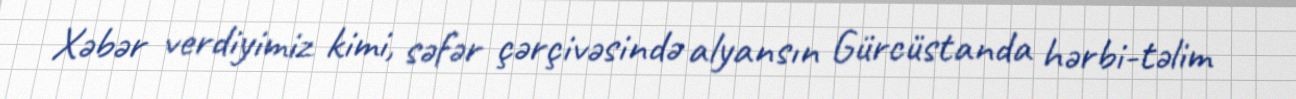
Xəbər verdiyimiz kimi, səfər çərçivəsində alyansın Gürcüstanda hərbi-təlim